Civil Veterinary Department Bengal reports 1923-33 - 1923-1933
Year: 1923
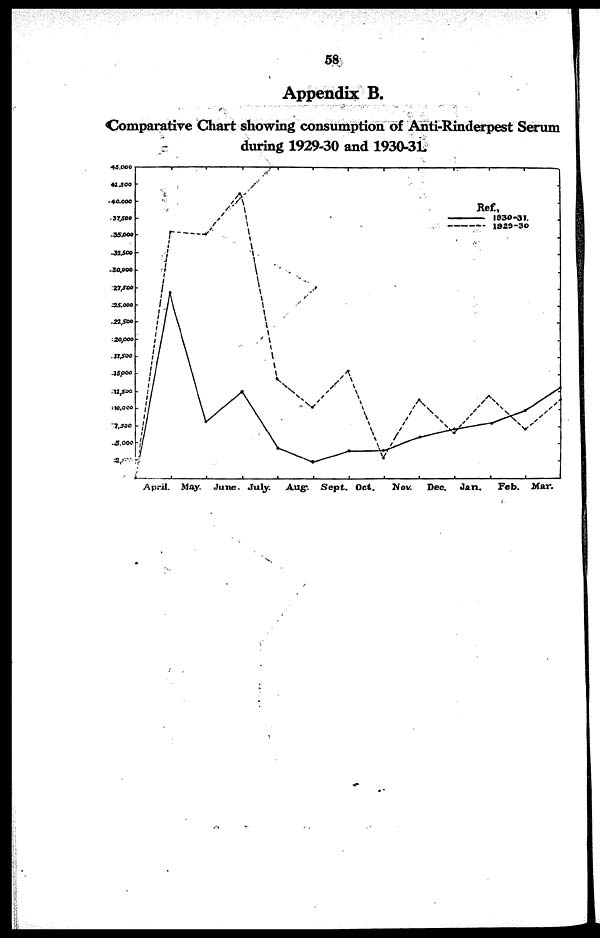
58
Appendix B.
Comparative Chart showing consumption of Anti-Rinderpest Serum
during 1929-30 and 1930-31.